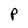
Character: P